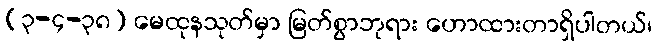
(၃-၄-၃၈) မေထုနသုတ်မှာ မြတ်စွာဘုရား ဟောထားတာရှိပါတယ်၊